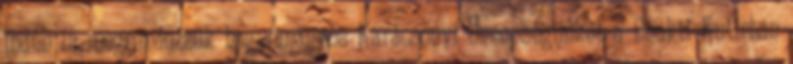
Indén is megrendezzük hagyományos Karácsonyi Ünnepségünket a Bhakti Kutirban